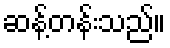
ဆန့်တန်းသည်။